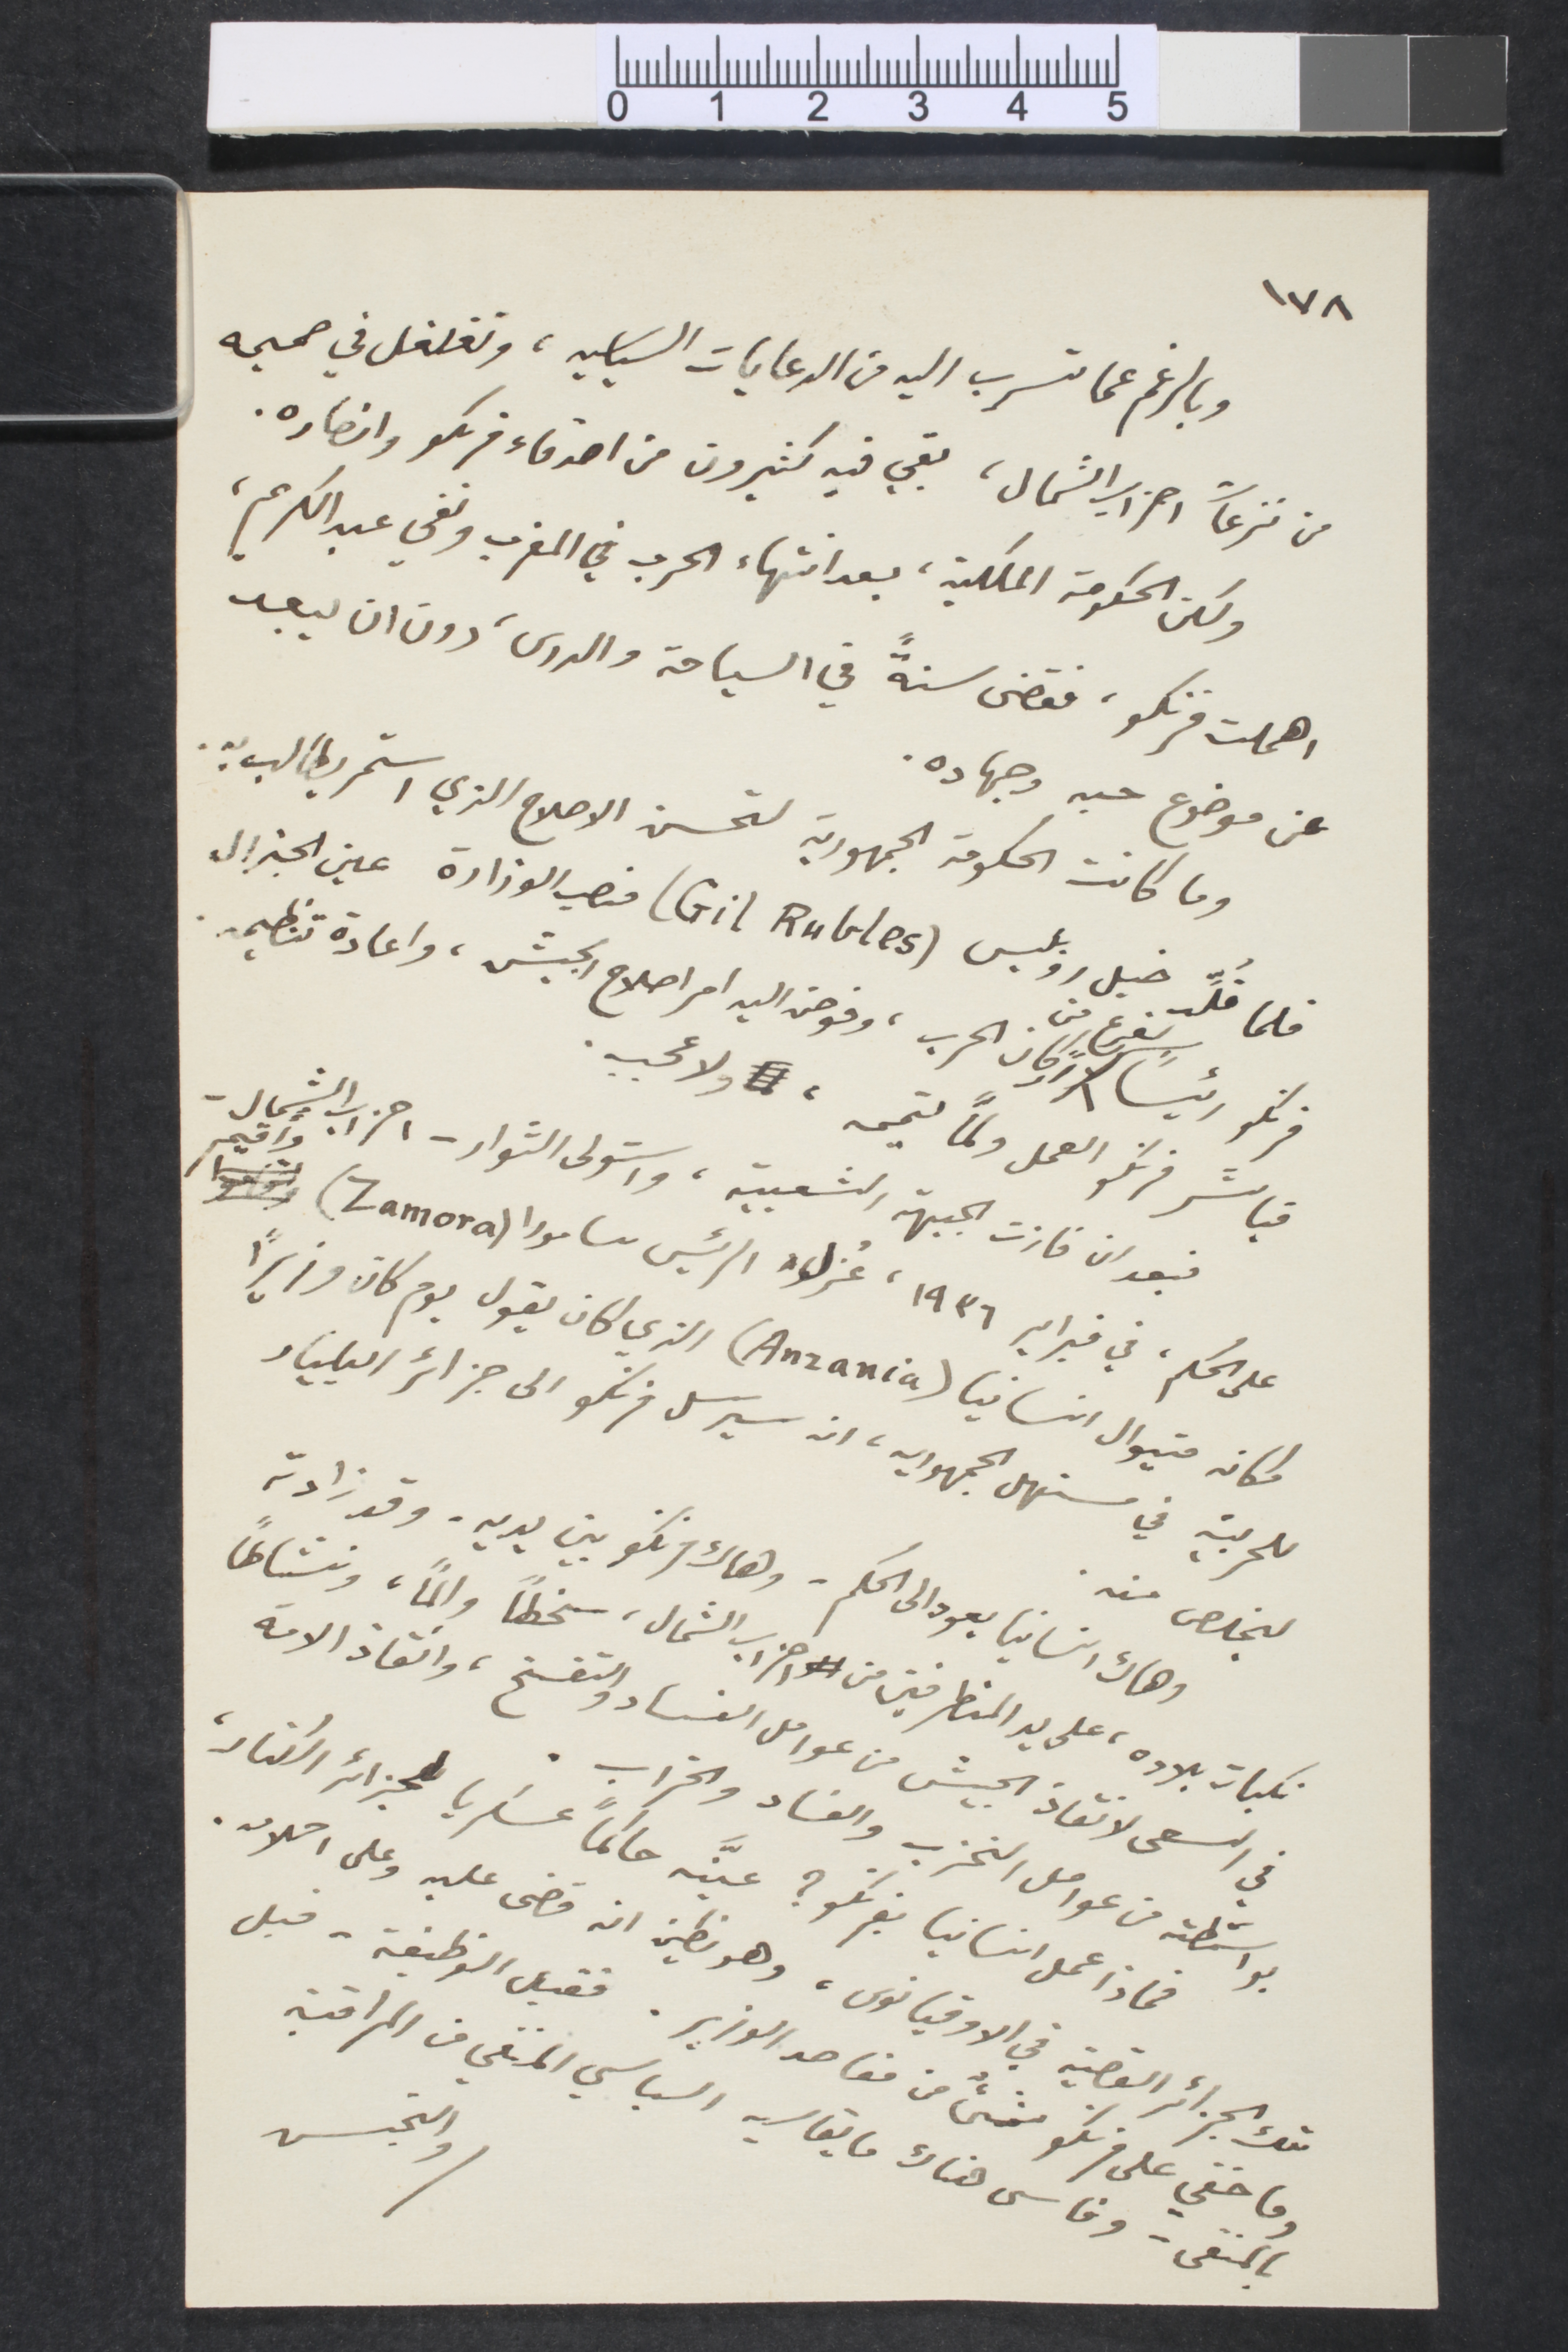
١٧٨
وبالرغم عما تسرب اليه من الدعايات السياسية، وتغلغل في صميمه
من نزعات احزاب الشمال، بقي فيه كثيرون من اصدفاء فرنكو وانصاره.
ولكن الحكومة الملكية، بعد انتهاء الحرب في المغرب ونفي عبد الكريم،
اهملت فرنكو، فقضى سنة في السياحة والدرس، دون ان يبعد
عن موضوع حبه وجهاده.
وما كانت الحكومة الجمهورية لتحسن الاصلاح الذي استمر يطالب به،
فلما قلّد خيل روبليس (Gil Rubles) فنصب الوزارة عين الجنرال
فرنكو رئيسَا لفرع من اركان الحرب، وفوض اليه امر اصلاح الجيش، واعادة تنظيمه
فباشر فرنكو العمل ولمّا لتميمه ولاعجبه.
فبعد ان فازت الجبهة الشعبية، واستولى الثوار- أحزاب الشمال -
على الحكم في فبراير ١۹۳٦، عزل الرئيس سامورا (Zamora) وأقيم
مكانه متيوال انسانيا (Anzania) الذي كان يقول يوم كان وزيرًا
للحربية في مستهل الجمهورية، ان سيرسل فرنكو إلى جزائر اكيليار
ليخلص منه.
وهاك انسانيا يعود الى الحكم - وهاك فرنكو بين يديه - وقد زادته
نكبات بلاده، على يد المتطرفين من احزاب الشمال، سخطًا والمًا، ونشاطًا
في ألسعى لانقاذ الجيش من عوامل الفساد والتفسخ، وانقاذ الأمة
بواسطته من عوامل التحزب والفساد والخراب.
فماذا عمل انسانيا بفرنكو؟ عيّنه حاكمًا عسكريًا لجزائر الكنار،
والتجسس
معك الجزائر القصية في الاوقيانوس، وهو بظن ان قضى عليه وعلى احلامه.
وما خفي على فرنكو شيء من مقاصد الوزير. فقبل الوظيفة - قبل
بالمنفى - وقاسى هناك ما يقاسيه السياسي المنفي من المراقبة